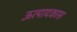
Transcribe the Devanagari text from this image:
ऊत्पादकास